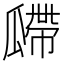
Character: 𤬎